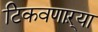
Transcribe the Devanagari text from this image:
टिकवणाऱ्या